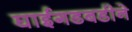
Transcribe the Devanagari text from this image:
घाईगडबडीने